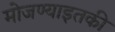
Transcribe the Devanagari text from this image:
मोजण्याइतकी